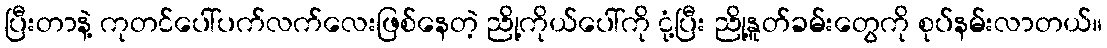
ပြီးတာနဲ့ ကုတင်ပေါ်ပက်လက်လေးဖြစ်နေတဲ့ ညို့ကိုယ်ပေါ်ကို ငုံ့ပြီး ညို့နူတ်ခမ်းတွေကို စုပ်နမ်းလာတယ်။